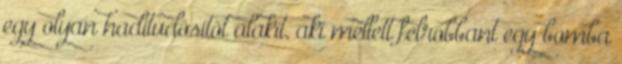
egy olyan haditudósítót alakít, aki mellett felrobbant egy bomba